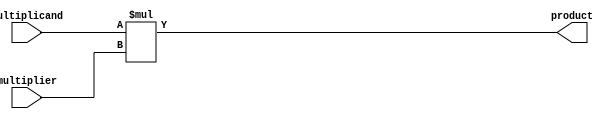
module booth_multiplier (
    input signed [31:0] multiplicand,
    input signed [31:0] multiplier,
    output signed [63:0] product
);

reg signed [63:0] temp_product;

always @(*) begin
    temp_product = multiplicand * multiplier;
end

assign product = temp_product;

endmodule